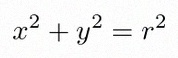
x^2+y^2=r^2